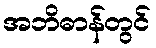
အဘိဓာန်တွင်